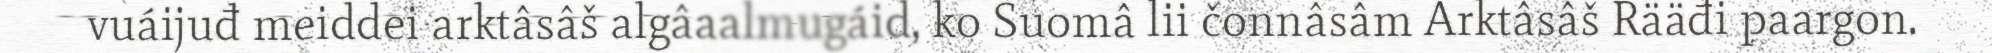
vuáijuđ meiddei arktâsâš algâaalmugáid, ko Suomâ lii čonnâsâm Arktâsâš Rääđi paargon.